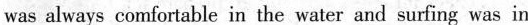
was always comfortable in the water and surfing was in